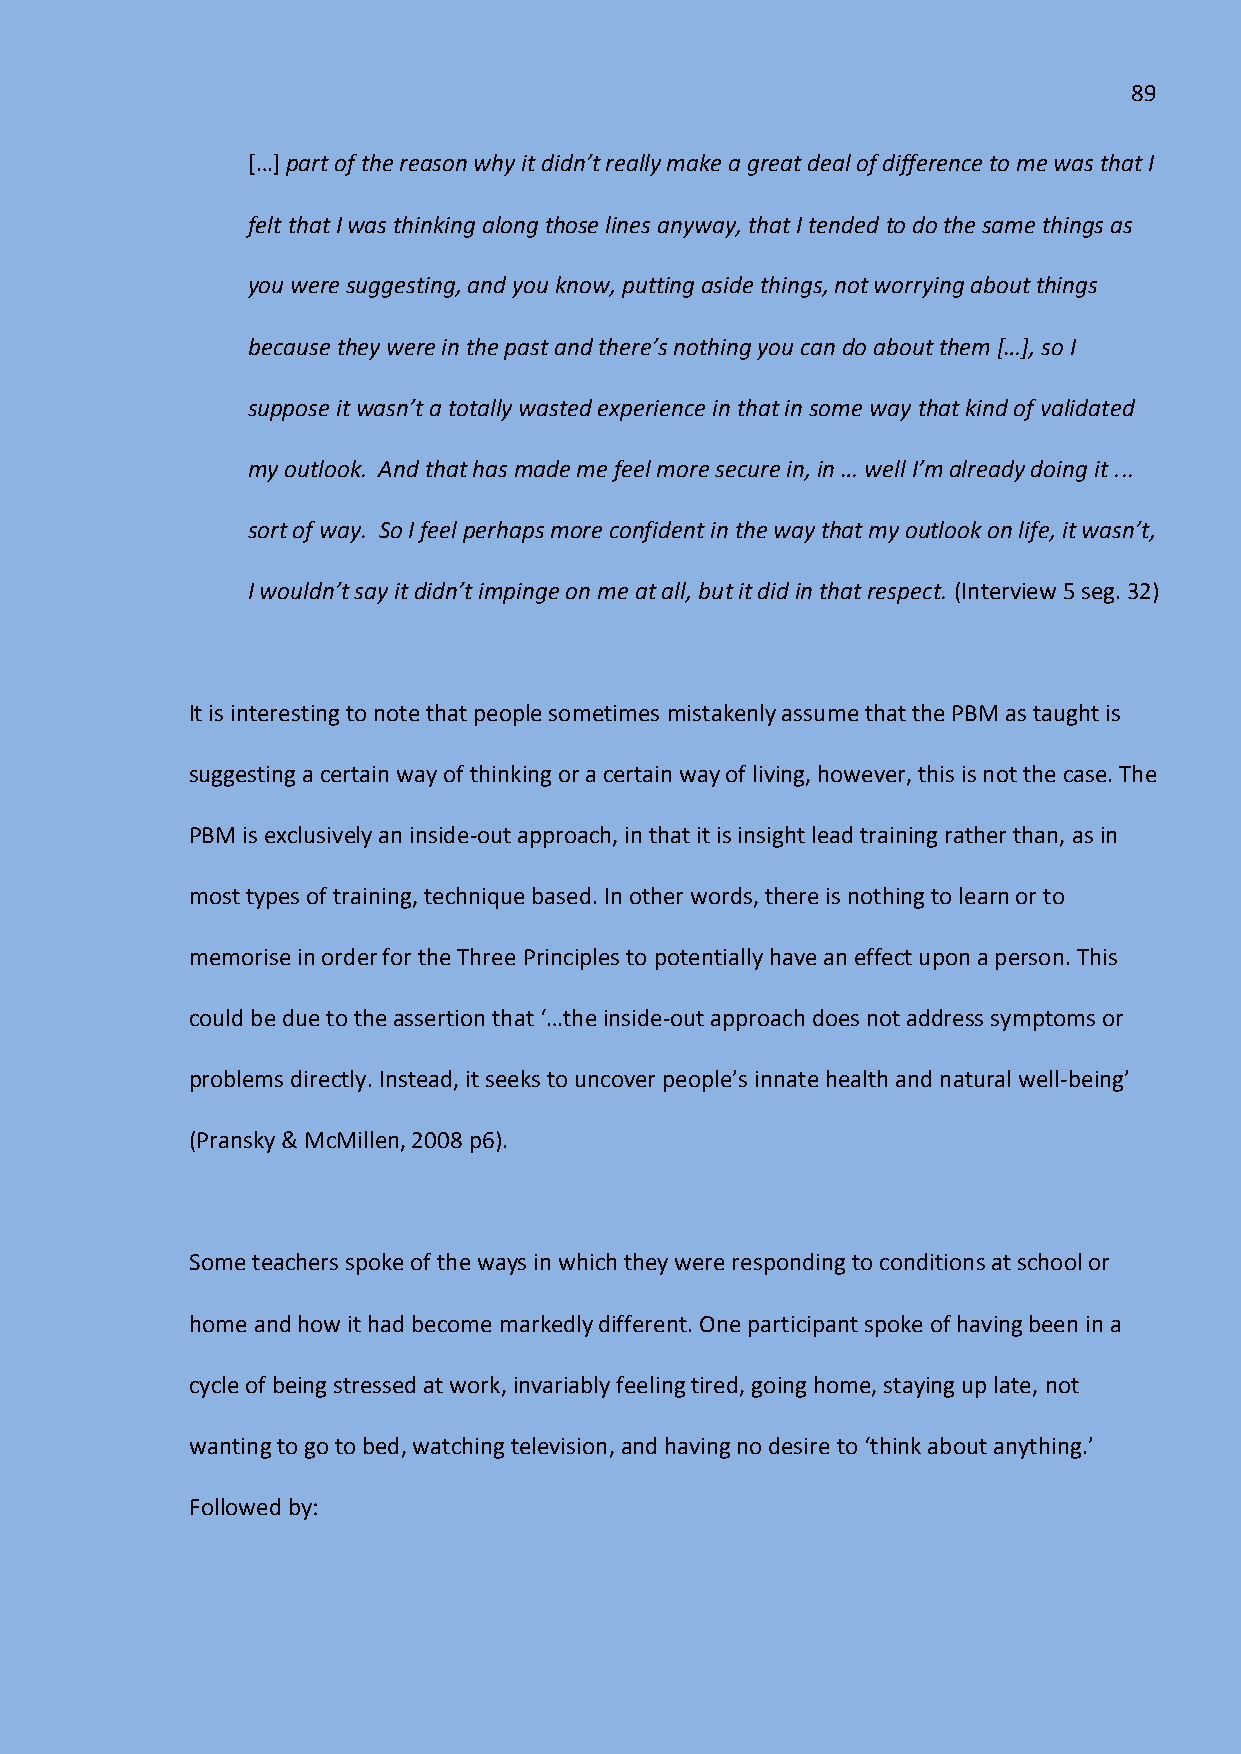
89
 *…+ part of the reason why it didn’t really make a great deal of difference to me was that I
 felt that I was thinking along those lines anyway, that I tended to do the same things as
 you were suggesting, and you know, putting aside things, not worrying about things
 because they were in the past and there’s nothing you can do about them *…+, so I
 suppose it wasn’t a totally wasted experience in that in some way that kind of validated
 my outlook. And that has made me feel more secure in, in … well I’m already doing it ...
 sort of way. So I feel perhaps more confident in the way that my outlook on life, it wasn’t,
 I wouldn’t say it didn’t impinge on me at all, but it did in that respect. (Interview 5 seg. 32)
 It is interesting to note that people sometimes mistakenly assume that the PBM as taught is
 suggesting a certain way of thinking or a certain way of living, however, this is not the case. The
 PBM is exclusively an inside-out approach, in that it is insight lead training rather than, as in
 most types of training, technique based. In other words, there is nothing to learn or to
 memorise in order for the Three Principles to potentially have an effect upon a person. This
 could be due to the assertion that ‘…the inside-out approach does not address symptoms or
 problems directly. Instead, it seeks to uncover people’s innate health and natural well-being’
 (Pransky & McMillen, 2008 p6).
 Some teachers spoke of the ways in which they were responding to conditions at school or
 home and how it had become markedly different. One participant spoke of having been in a
 cycle of being stressed at work, invariably feeling tired, going home, staying up late, not
 wanting to go to bed, watching television, and having no desire to ‘think about anything.’
 Followed by: